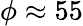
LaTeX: \phi\approx 55